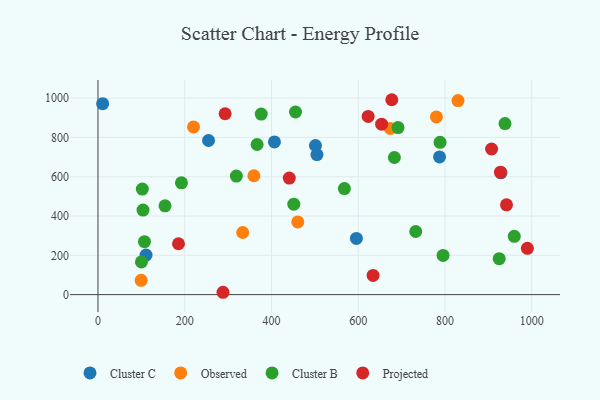
{"axis": {"x": "Engine Size", "y": "Rating"}, "legend": ["Cluster B", "Cluster C", "Observed", "Projected"], "data": [{"x": "110.8", "y": 201.0, "type": "Cluster C"}, {"x": "787.4", "y": 700.7, "type": "Cluster C"}, {"x": "10.7", "y": 971.6, "type": "Cluster C"}, {"x": "504.8", "y": 712.3, "type": "Cluster C"}, {"x": "928.9", "y": 619.7, "type": "Cluster C"}, {"x": "406.8", "y": 776.9, "type": "Cluster C"}, {"x": "501.4", "y": 758.7, "type": "Cluster C"}, {"x": "254.9", "y": 784.2, "type": "Cluster C"}, {"x": "595.7", "y": 286.1, "type": "Cluster C"}, {"x": "830.0", "y": 987.4, "type": "Observed"}, {"x": "780.2", "y": 904.3, "type": "Observed"}, {"x": "359.5", "y": 604.7, "type": "Observed"}, {"x": "673.9", "y": 845.6, "type": "Observed"}, {"x": "333.6", "y": 316.1, "type": "Observed"}, {"x": "220.2", "y": 853.1, "type": "Observed"}, {"x": "460.6", "y": 369.9, "type": "Observed"}, {"x": "99.6", "y": 72.9, "type": "Observed"}, {"x": "788.6", "y": 774.9, "type": "Cluster B"}, {"x": "683.3", "y": 697.7, "type": "Cluster B"}, {"x": "455.4", "y": 929.2, "type": "Cluster B"}, {"x": "100.2", "y": 166.1, "type": "Cluster B"}, {"x": "732.5", "y": 321.2, "type": "Cluster B"}, {"x": "568.1", "y": 539.5, "type": "Cluster B"}, {"x": "319.0", "y": 603.0, "type": "Cluster B"}, {"x": "925.0", "y": 182.9, "type": "Cluster B"}, {"x": "192.4", "y": 568.7, "type": "Cluster B"}, {"x": "107.2", "y": 269.3, "type": "Cluster B"}, {"x": "959.7", "y": 296.5, "type": "Cluster B"}, {"x": "938.3", "y": 870.2, "type": "Cluster B"}, {"x": "795.5", "y": 199.6, "type": "Cluster B"}, {"x": "376.4", "y": 918.8, "type": "Cluster B"}, {"x": "366.8", "y": 763.7, "type": "Cluster B"}, {"x": "451.4", "y": 460.2, "type": "Cluster B"}, {"x": "102.2", "y": 536.9, "type": "Cluster B"}, {"x": "154.6", "y": 451.9, "type": "Cluster B"}, {"x": "691.7", "y": 849.8, "type": "Cluster B"}, {"x": "103.8", "y": 430.1, "type": "Cluster B"}, {"x": "634.2", "y": 97.8, "type": "Projected"}, {"x": "907.4", "y": 740.9, "type": "Projected"}, {"x": "185.6", "y": 258.8, "type": "Projected"}, {"x": "288.2", "y": 11.9, "type": "Projected"}, {"x": "927.9", "y": 623.1, "type": "Projected"}, {"x": "441.0", "y": 592.7, "type": "Projected"}, {"x": "293.1", "y": 920.2, "type": "Projected"}, {"x": "989.9", "y": 235.3, "type": "Projected"}, {"x": "653.9", "y": 867.2, "type": "Projected"}, {"x": "622.8", "y": 906.4, "type": "Projected"}, {"x": "677.3", "y": 991.6, "type": "Projected"}, {"x": "941.8", "y": 457.1, "type": "Projected"}]}